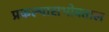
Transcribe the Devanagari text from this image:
प्रकल्पासभोवताल